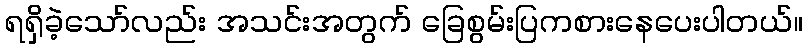
ရရှိခဲ့သော်လည်း အသင်းအတွက် ခြေစွမ်းပြကစားနေပေးပါတယ်။